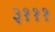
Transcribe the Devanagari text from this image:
३१११